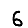
Digit: 6